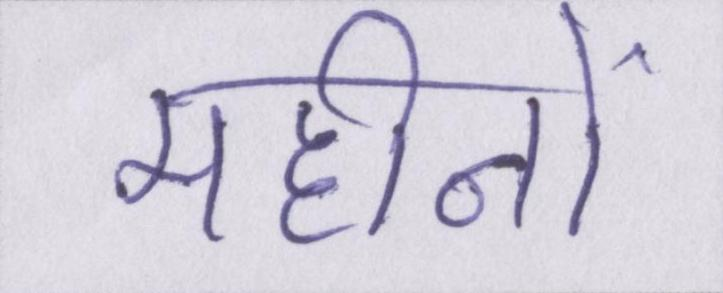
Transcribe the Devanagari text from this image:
महीनों